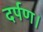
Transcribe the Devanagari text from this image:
दर्पण।